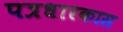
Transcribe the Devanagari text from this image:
पत्रधारकास